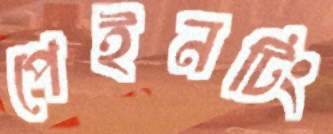
পেইনটিং